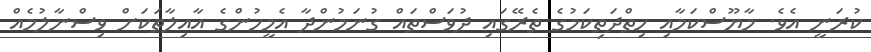
ކުރަނީ އެވެ. މާޔޫސްކަމާއި ހިތްދަތިކަމުގެ ތެރޭގައި ދުވަސްތައް ގުނަމުންދާ އެމީހުންގެ އާއިލާތަކަށް ވިސްނާލުމެއް